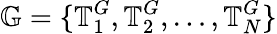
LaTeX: \mathbb{G}=\{ \mathbb{T}_{1}^{G},\mathbb{T}_{2}^{G},\dots,\mathbb{T}_{N}^{G}\}